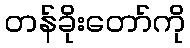
တန်ခိုးတော်ကို